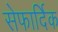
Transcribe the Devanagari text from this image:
सेफार्दिक